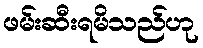
ဖမ်းဆီးရမိသည်ဟု